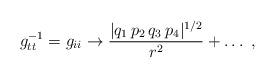
LaTeX: \begin{align*}g_{tt}^{-1} = g_{ii} \rightarrow { |q_1\, p_2\,q_3\, p_4|^{1/2} \over r ^2 }+ \dots \ ,\end{align*}